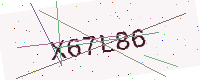
Text: X67L86